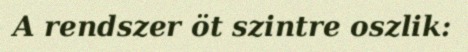
A rendszer öt szintre oszlik: